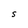
Character: S